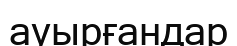
ауырғандар